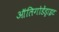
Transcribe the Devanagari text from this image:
ऑलिगोडेंड्राइट